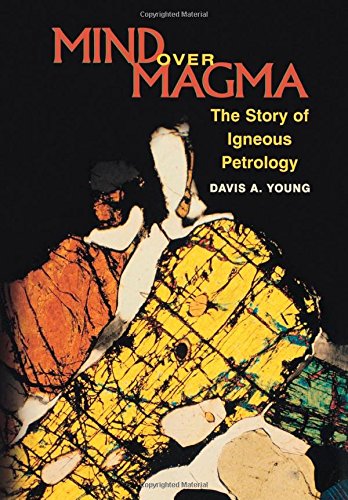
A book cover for Mind over Magma: The Story of Igneous Petrology; Davis A. Young; Science & Math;